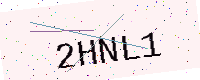
Text: 2HNL1